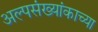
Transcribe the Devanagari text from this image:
अल्पसंख्यांकाच्या